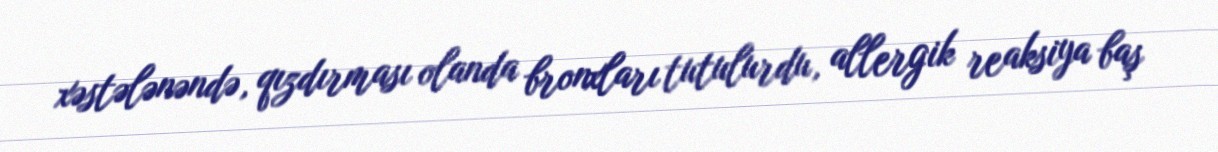
xəstələnəndə, qızdırması olanda bronxları tutulurdu, allergik reaksiya baş